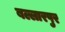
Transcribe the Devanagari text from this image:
बल्लारपुर